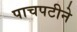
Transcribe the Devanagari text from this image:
पाचपटीने